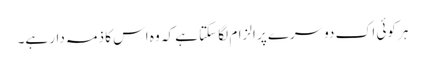
ہر کوئی اک دوسرے پر الزام لگا سکتا ہے کہ وہ اس کا ذمہ دار ہے۔